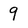
Character: 9